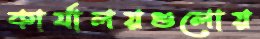
কার্যালয়গুলোয়